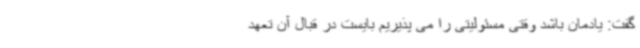
گفت: یادمان باشد وقتی مسئولیتی را می پذیریم بایست در قبال آن تعهد